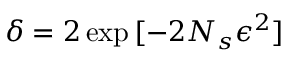
\delta = 2 \exp { [ - 2 N _ { s } \epsilon ^ { 2 } ] }